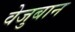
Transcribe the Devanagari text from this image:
वेजुबान